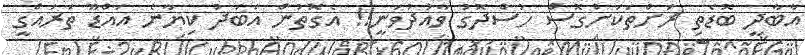
އާބާދީ ބޮޑެތި ރަށްތަކަށްގޮސް ހުސްދޮގު ވާއުދުވަނީ!! އެގޮތުން އަބަދު ކިޔާނެ އައްޑޫ ތަރައްގީ